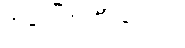
အပေါ် အင်္ကျီ ပေးပါ။